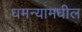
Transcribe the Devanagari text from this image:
धमन्यामधील